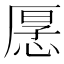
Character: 𭝡